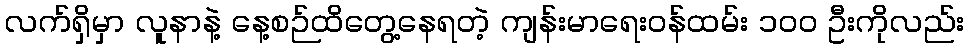
လက်ရှိမှာ လူနာနဲ့ နေ့စဉ်ထိတွေ့နေရတဲ့ ကျန်းမာရေးဝန်ထမ်း ၁၀၀ ဦးကိုလည်း